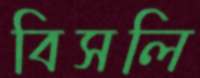
বিসলি